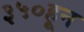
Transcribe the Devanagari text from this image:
३५०हून